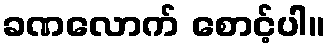
ခဏလောက် စောင့်ပါ။